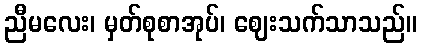
ညီမလေး၊ မှတ်စုစာအုပ်၊ ဈေးသက်သာသည်။